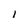
Character: l